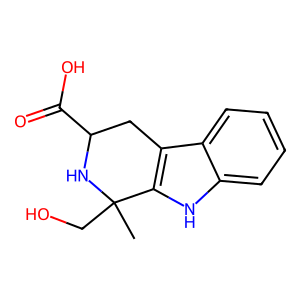
SMILES: CC1(CO)NC(C(=O)O)Cc2c1[nH]c1ccccc21
Inhibits HIV replication: No